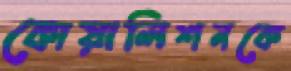
কোয়ালিশনকে